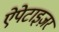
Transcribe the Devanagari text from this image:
ऐपेटाइज़र